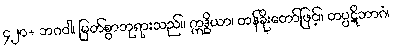
၄၂၀+ ဘဂဝါ၊ မြတ်စွာဘုရားသည်။ ဣဒ္ဓိယာ၊ တန်ခိုးတော်ဖြင့်။ တပ္ပဋိဘာဂံ၊